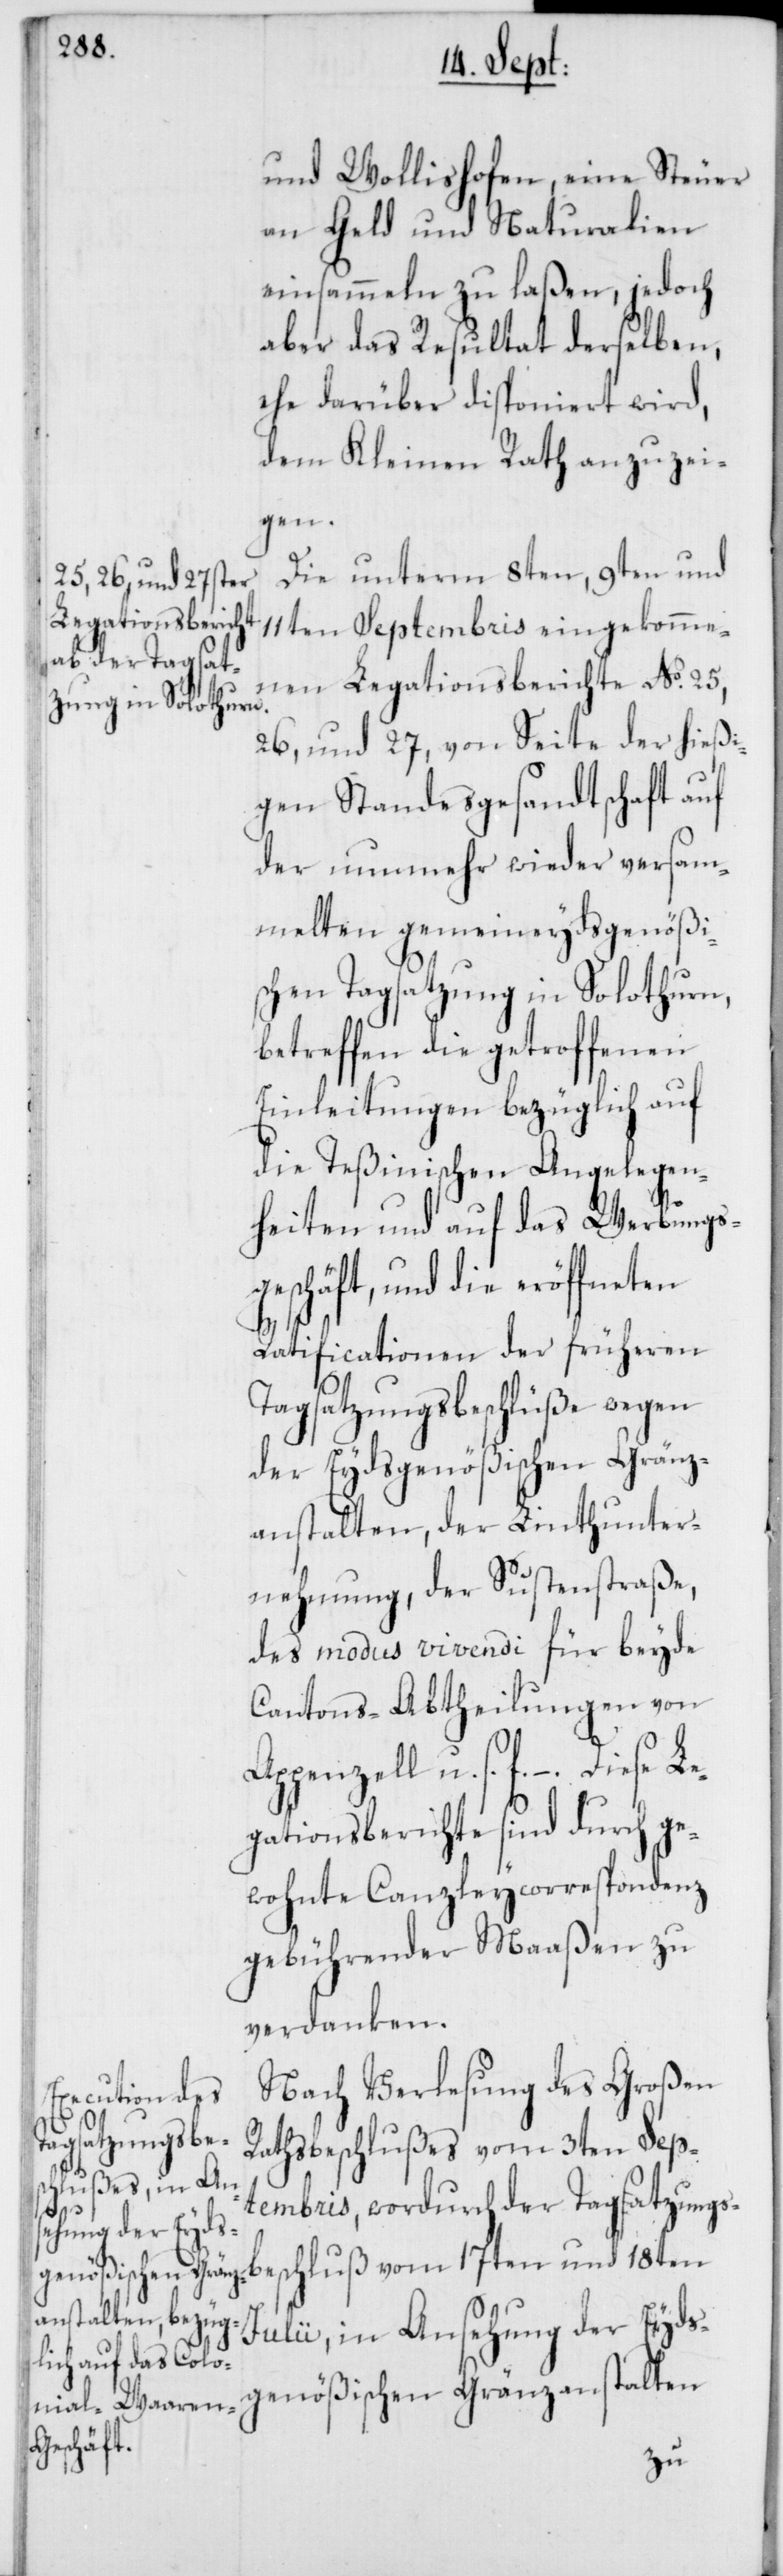
und Wollishofen, eine Steuer
an Geld und Naturalien
einsammeln zu laßen, jedoch
aber das Resultat derselben,
ehe darüber disponiert wird,
dem Kleinen Rath anzuzei¬
gen.
Die unterm 8ten, 9ten und
11ten Septembris eingekomme¬
nen Legationsberichte No. 25,
26 und 27, von Seite der hießi¬
gen Standesgesandtschaft auf
der nunmehr wieder versam¬
melten gemeineydsgenößi¬
schen Tagsatzung in Solothurn,
betreffen die getroffenen
Einleitungen bezüglich auf
die Teßinischen Angelegen¬
heiten und auf das Werbungs¬
geschäft, und die eröffneten
Ratificationen der früheren
Tagsatzungsbeschlüße wegen
der Eydsgenößischen Gränz¬
anstalten, der Linthunter¬
nehmung, der Sustenstraße,
des modus vivendi für beyde
Cantons-Abtheilungen von
Appenzell u. s. f.
gationsberichte sind durch ge¬
wohnte Canzleycorrespondenz
gebührender Maaßen zu
verdanken.
Nach Verlesung des Großen
Diese Le¬
Rathsbeschlußes vom 3ten Sep¬
tembris, wordurch der Tagsatzungs¬
beschluß vom 17ten und 18ten
Julii, in Ansehung der Eyds¬
genößischen Gränzanstalten